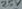
Text: 25V